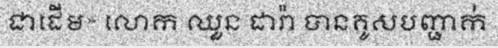
ជាដើម» លោក ឈួន ដារ៉ា បានគូសបញ្ជាក់